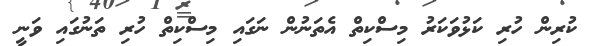
ކުރިން ހުރި ކަޅުވަކަރު މިސްކިތް އެތަނުން ނަގައި މިސްކިތް ހުރި ތަނުގައި ވަނީ